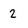
Character: 2